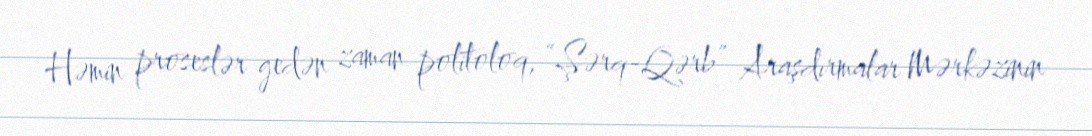
Həmin proseslər gedən zaman politoloq, “Şərq-Qərb” Araşdırmalar Mərkəzinin